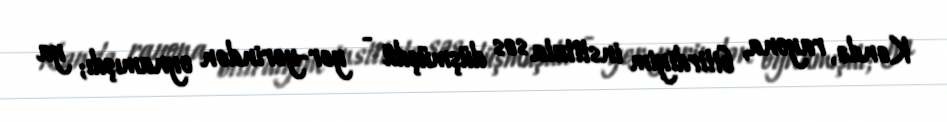
Kəndə, rayona, bitirdiyim instituta səs düşmüşdü - yer-yerindən oynamışdı; ya